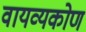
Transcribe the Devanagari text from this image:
वायव्यकोण